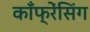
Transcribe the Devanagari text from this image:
काँफ्रेंसिंग